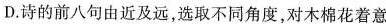
D.诗的前八句由近及远，选取不同角度，对木棉花着意